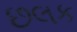
છલક